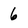
Character: 6